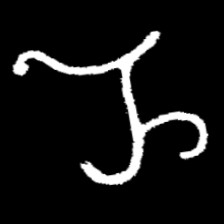
Pyu character \u2014 Myanmar letter: ည (romanized: nya)